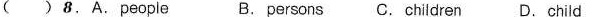
( )8.A.People B. Persons C. Children D. Child